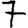
Digit: 7